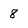
Character: 8